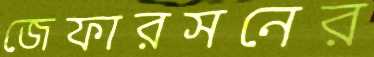
জেফারসনের